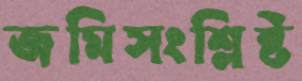
জমিসংশ্লিষ্ট